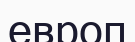
европ